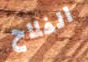
الفلاح